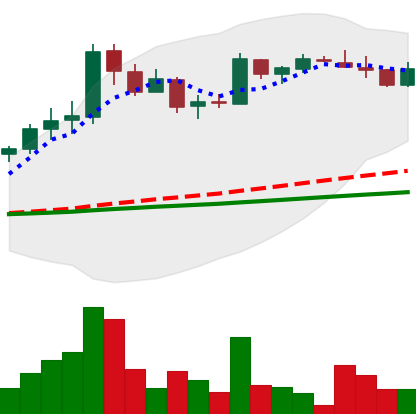
Ticker: LTC-USD
Chart end date: 2017-04-20
Forward return: 47.198%
Label: up_7plus